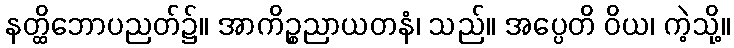
နတ္ထိဘောပညတ်၌။ အာကိဉ္စညာယတနံ၊ သည်။ အပ္ပေတိ ဝိယ၊ ကဲ့သို့။